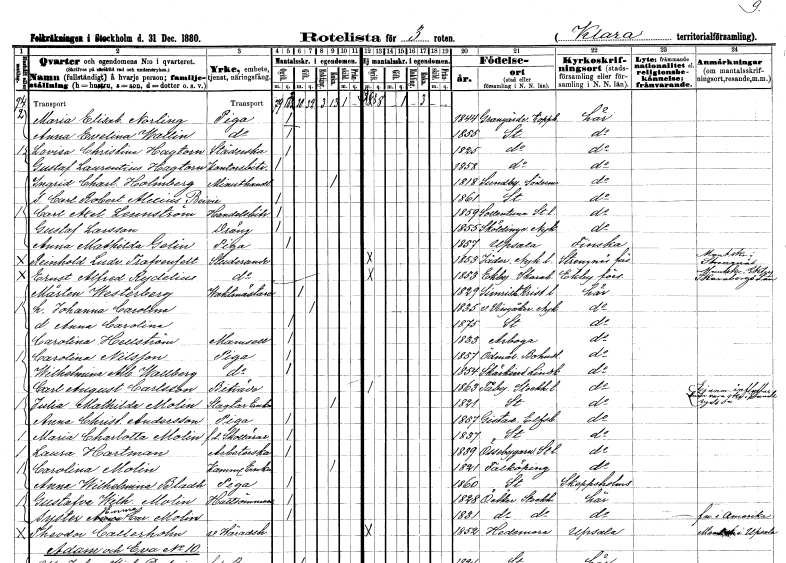
gt_parse: households: individuals: FN: Maria Elisabet
EN: Norling
YRKE: Piga
KON: K
CIV: O
FODAR: 1844
FODFORS: Grangärde Kopparbergs län
FN: Anna Evelina
EN: Wallin
YRKE: Piga
KON: K
CIV: O
FODAR: 1855
FODFORS: Stockholm
FN: Lovisa Christina
EN: Hagtorn
YRKE: Städerska
KON: K
CIV: O
FODAR: 1825
FODFORS: Stockholm
FN: Gustaf Laurentius
EN: Hagtorn
YRKE: Kontorsbiträde
KON: M
CIV: O
FODAR: 1858
FODFORS: Stockholm
FN: Ingrid Charlotta
EN: Holmberg
YRKE: Minuthandlare
KON: K
CIV: E
FODAR: 1818
FODFORS: Sundby Södermanlands län
FN: Carl Robert Alexius
EN: Boivie
KON: M
CIV: O
FODAR: 1861
FODFORS: Stockholm
FN: Carl Axel
EN: Lennström
YRKE: Handelsbiträde
KON: M
CIV: O
FODAR: 1859
FODFORS: Sollentuna Stockholms län
FN: Gustaf
EN: Larsson
YRKE: Dräng
KON: M
CIV: O
FODAR: 1855
FODFORS: Sköldinge Södermanlands län
FN: Anna Mathilda
EN: Gelin
YRKE: Piga
KON: K
CIV: O
FODAR: 1857
FODFORS: Uppsala Uppsala län
FN: Reinhold Ludvig
EN: Trafvenfelt
YRKE: Studerande
KON: M
CIV: O
FODAR: 1853
FODFORS: Jäder Södermanlands län
FN: Ernst Alfred
EN: Rydelius
YRKE: Studerande
KON: M
CIV: O
FODAR: 1853
FODFORS: Ekby Skaraborgs län
FN: Mårten
EN: Westerberg
YRKE: Vaktmästare
KON: M
CIV: G
FODAR: 1829
FODFORS: Simrishamn Kristianstads län
FN: Johanna Carolina
KON: K
CIV: G
FODAR: 1835
FODFORS: Västra Vingåker Södermanlands län
FN: Anna Carolina
KON: K
CIV: O
FODAR: 1875
FODFORS: Stockholm
FN: Carolina
EN: Hellström
KON: K
CIV: O
FODAR: 1833
FODFORS: Arboga Västmanlands län
FN: Carolina
EN: Nilsson
YRKE: Piga
KON: K
CIV: O
FODAR: 1857
FODFORS: Ödsmål Göteborgs- och Bohuslän
FN: Wilhelmina Albertina
EN: Wallberg
YRKE: Piga
KON: K
CIV: O
FODAR: 1854
FODFORS: Skärkind Östergötlands län
FN: Carl August
EN: Carlsson
YRKE: Biträde
KON: M
CIV: O
FODAR: 1863
FODFORS: Täby Stockholms län
FN: Julia Mathilda
EN: Molin
YRKE: Slaktareänka
KON: K
CIV: E
FODAR: 1821
FODFORS: Stockholm
FN: Anna Christina
EN: Andersson
YRKE: Piga
KON: K
CIV: O
FODAR: 1857
FODFORS: Gestad Älvsborgs län
FN: Maria Charlotta
EN: Molin
YRKE: Skollärarinna f.d.
KON: K
CIV: O
FODAR: 1837
FODFORS: Stockholm
FN: Laura
EN: Hartman
YRKE: Arbeterska
KON: K
CIV: O
FODAR: 1839
FODFORS: Össeby-Garn Stockholms län
FN: Carolina
EN: Molin
YRKE: Kammarskrivareänka
KON: K
CIV: E
FODAR: 1821
FODFORS: Falköping Skaraborgs län
FN: Anna Wilhelmina
EN: Bladh
YRKE: Piga
KON: K
CIV: O
FODAR: 1860
FODFORS: Stockholm
FN: Gustafva Wilhelmina
EN: Molin
YRKE: Hattsömmerska
KON: K
CIV: O
FODAR: 1828
FODFORS: Österåker Stockholms län
FN: Emma Carolina
EN: Molin
KON: K
CIV: O
FODAR: 1831
FODFORS: Österåker Stockholms län
FN: Theodor
EN: Callerholm
YRKE: Häradshövding vice
KON: M
CIV: O
FODAR: 1852
FODFORS: Hedemora Kopparbergs län